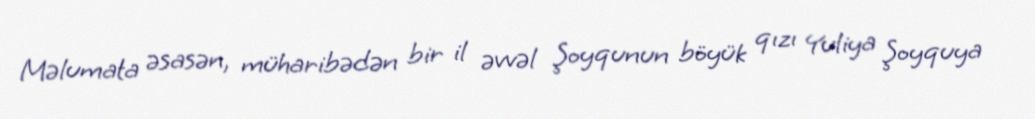
Məlumata əsasən, müharibədən bir il əvvəl Şoyqunun böyük qızı Yuliya Şoyquya